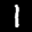
Label: 1